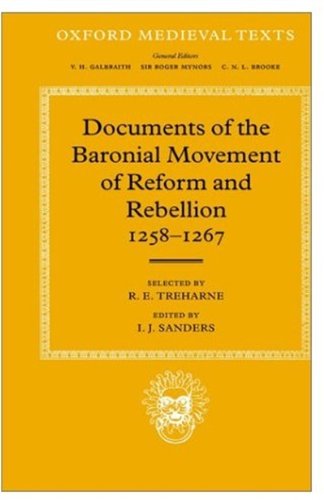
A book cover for Documents of the Baronial Movement of Reform and Rebellion, 1258-1267 (Oxford Medieval Texts); Literature & Fiction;